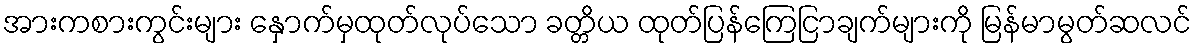
အားကစားကွင်းများ နှောက်မှထုတ်လုပ်သော ခတ္တိယ ထုတ်ပြန်ကြေငြာချက်များကို မြန်မာမွတ်ဆလင်